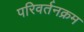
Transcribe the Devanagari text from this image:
परिवर्तनक्रम